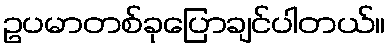
ဥပမာတစ်ခုပြောချင်ပါတယ်။